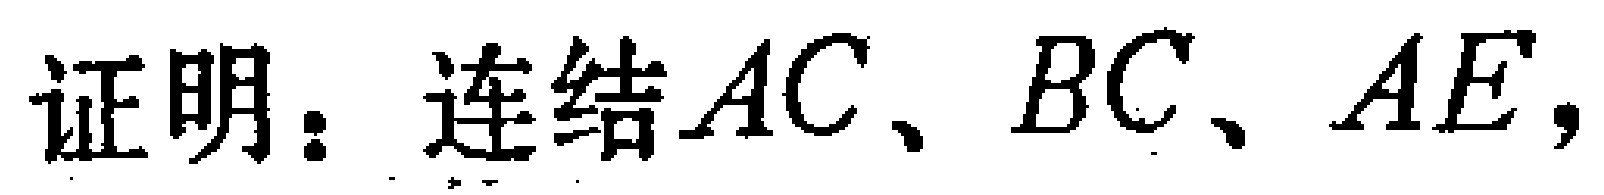
证明：连结\(AC\)、\(BC\)、\(AE\)，